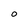
Character: O